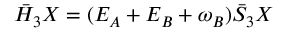
\boldsymbol { \bar { H } _ { 3 } } \boldsymbol { X } = ( E _ { A } + E _ { B } + \omega _ { B } ) \boldsymbol { \bar { { S } } _ { 3 } } \boldsymbol { X }